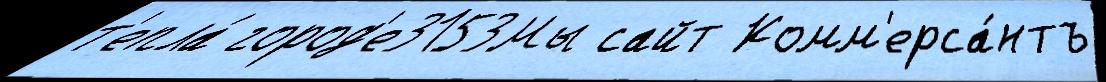
т'епла́ город'е3153Мы сайт Комм'ерса́нтъ